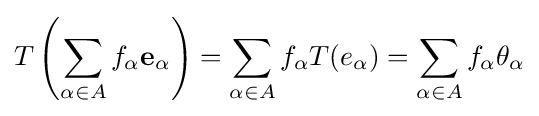
T\left(\sum _{\alpha \in A}f_{\alpha }\mathbf {e} _{\alpha }\right)=\sum _{\alpha \in A}f_{\alpha }T(e_{\alpha })=\sum _{\alpha \in A}f_{\alpha }\theta _{\alpha }